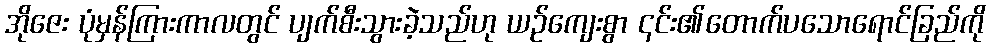
အိုဇေး ပုံမှန်ကြားကာလတွင် ပျက်စီးသွားခဲ့သည်ဟု ယဉ်ကျေးစွာ ၎င်း၏တောက်ပသောရောင်ခြည်ကို